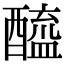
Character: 醯